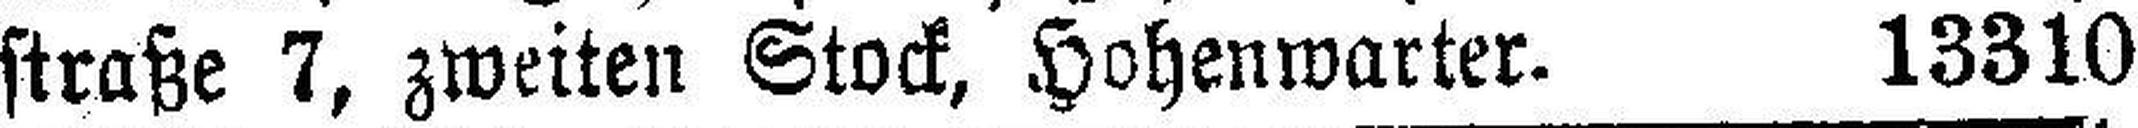
straße 7, zweiten Stock, Hohenwarter. 13310